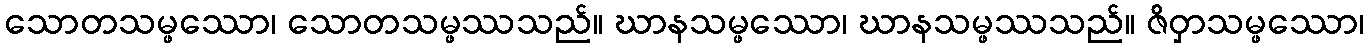
သောတသမ္ဖဿော၊ သောတသမ္ဖဿသည်။ ဃာနသမ္ဖဿော၊ ဃာနသမ္ဖဿသည်။ ဇိဝှာသမ္ဖဿော၊